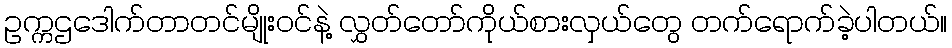
ဥက္ကဌဒေါက်တာတင်မျိုးဝင်နဲ့ လွှတ်တော်ကိုယ်စားလှယ်တွေ တက်ရောက်ခဲ့ပါတယ်။